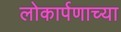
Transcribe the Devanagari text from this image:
लोकार्पणाच्या